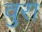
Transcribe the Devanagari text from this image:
वुरा